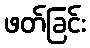
ဖတ်ခြင်း